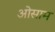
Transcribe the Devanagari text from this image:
ओसाम